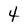
Character: 4